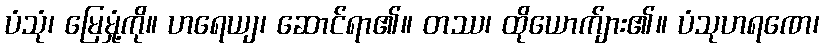
ပံသုံ၊ မြေမှုံ့ကို။ ဟရေယျ၊ ဆောင်ရာ၏။ တဿ၊ ထိုယောက်ျား၏။ ပံသုဟရဏေ၊